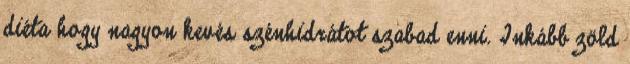
diéta hogy nagyon kevés szénhidrátot szabad enni. Inkább zöld